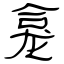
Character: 龛